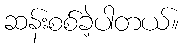
ဆန်းစစ်ခဲ့ပါတယ်။